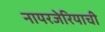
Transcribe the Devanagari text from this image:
नायरजेरियाची